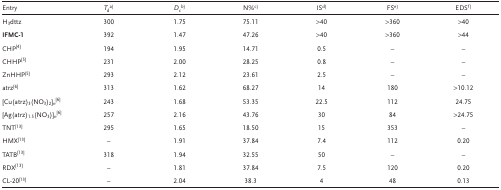
<table><thead><tr><td><b>Entry</b></td><td><b><i>T</i><sub>d</sub>a)</b></td><td><b><i>D</i><sub>c</sub>b)</b></td><td><b>N%c)</b></td><td><b>ISd)</b></td><td><b>FSe)</b></td><td><b>EDSf)</b></td></tr></thead><tbody><tr><td>H<sub>3</sub>dttz</td><td>300</td><td>1.75</td><td>75.11</td><td>&gt;40</td><td>&gt;360</td><td>&gt;40</td></tr><tr><td><b>IFMC‐1</b></td><td>392</td><td>1.47</td><td>47.26</td><td>&gt;40</td><td>&gt;360</td><td>&gt;44</td></tr><tr><td>CHP4</td><td>194</td><td>1.95</td><td>14.71</td><td>0.5</td><td>–</td><td>–</td></tr><tr><td>CHHP5</td><td>231</td><td>2.00</td><td>28.25</td><td>0.8</td><td>–</td><td>–</td></tr><tr><td>ZnHHP5</td><td>293</td><td>2.12</td><td>23.61</td><td>2.5</td><td>–</td><td>–</td></tr><tr><td>atrz6</td><td>313</td><td>1.62</td><td>68.27</td><td>14</td><td>180</td><td>&gt;10.12</td></tr><tr><td>[Cu(atrz)<sub>3</sub>(NO<sub>3</sub>)<sub>2</sub>]<i><sub>n</sub></i>6</td><td>243</td><td>1.68</td><td>53.35</td><td>22.5</td><td>112</td><td>24.75</td></tr><tr><td>[Ag(atrz)<sub>1.5</sub>(NO<sub>3</sub>)]<i><sub>n</sub></i>6</td><td>257</td><td>2.16</td><td>43.76</td><td>30</td><td>84</td><td>&gt;24.75</td></tr><tr><td>TNT13</td><td>295</td><td>1.65</td><td>18.50</td><td>15</td><td>353</td><td>–</td></tr><tr><td>HMX13</td><td>–</td><td>1.91</td><td>37.84</td><td>7.4</td><td>112</td><td>0.20</td></tr><tr><td>TATB13</td><td>318</td><td>1.94</td><td>32.55</td><td>50</td><td>–</td><td>–</td></tr><tr><td>RDX13</td><td>–</td><td>1.81</td><td>37.84</td><td>7.5</td><td>120</td><td>0.20</td></tr><tr><td>CL‐2013</td><td>–</td><td>2.04</td><td>38.3</td><td>4</td><td>48</td><td>0.13</td></tr></tbody></table>